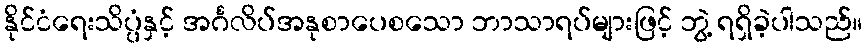
နိုင်ငံရေးသိပ္ပံနှင့် အင်္ဂလိပ်အနုစာပေစသော ဘာသာရပ်များဖြင့် ဘွဲ့ ရရှိခဲ့ပါသည်။